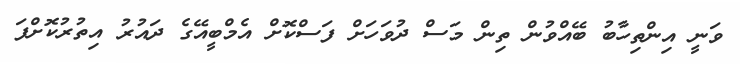
ވަނީ އިންތިހާބު ބޭއްވުން ތިން މަސް ދުވަހަށް ފަސްކޮށް އެމްބީއޭގެ ދައުރު އިތުރުކޮށްފަ